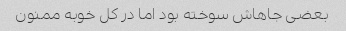
بعضی جاهاش سوخته بود اما در کل خوبه ممنون